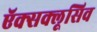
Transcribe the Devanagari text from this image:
ऍक्सक्लूसिव